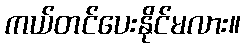
ကယ်တင်ပေးနိုင်မလား။